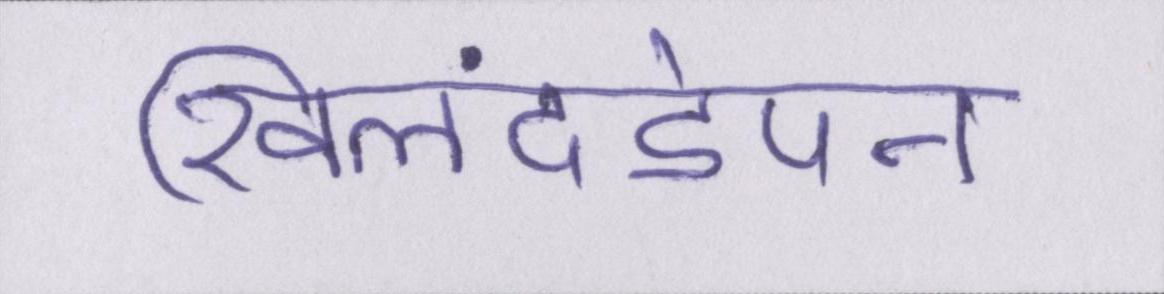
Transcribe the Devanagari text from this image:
खिलंदड़ेपन